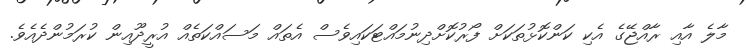
މާލެ އާއި ރާއްޖޭގެ އެކި ކަންކޮޅުތަކަށް ފޯރުކޮށްދިނުމައްޓަކައިވެސް އެތައް މަސައްކަތެއް އުރީދޫއިން ކުރަމުންދެއެވެ.